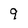
Character: 9